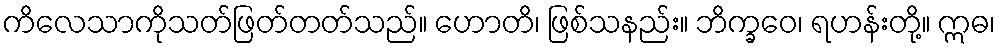
ကိလေသာကိုသတ်ဖြတ်တတ်သည်။ ဟောတိ၊ ဖြစ်သနည်း။ ဘိက္ခဝေ၊ ရဟန်းတို့။ ဣဓ၊